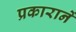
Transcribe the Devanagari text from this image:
प्रकारानें